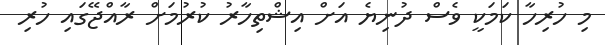
މި ހުރިހާ ކަމަކީ ވެސް ދުނިޔެ އަށް އިޝްތިހާރު ކުރުމަށް ރާއްޖޭގައި ހުރި